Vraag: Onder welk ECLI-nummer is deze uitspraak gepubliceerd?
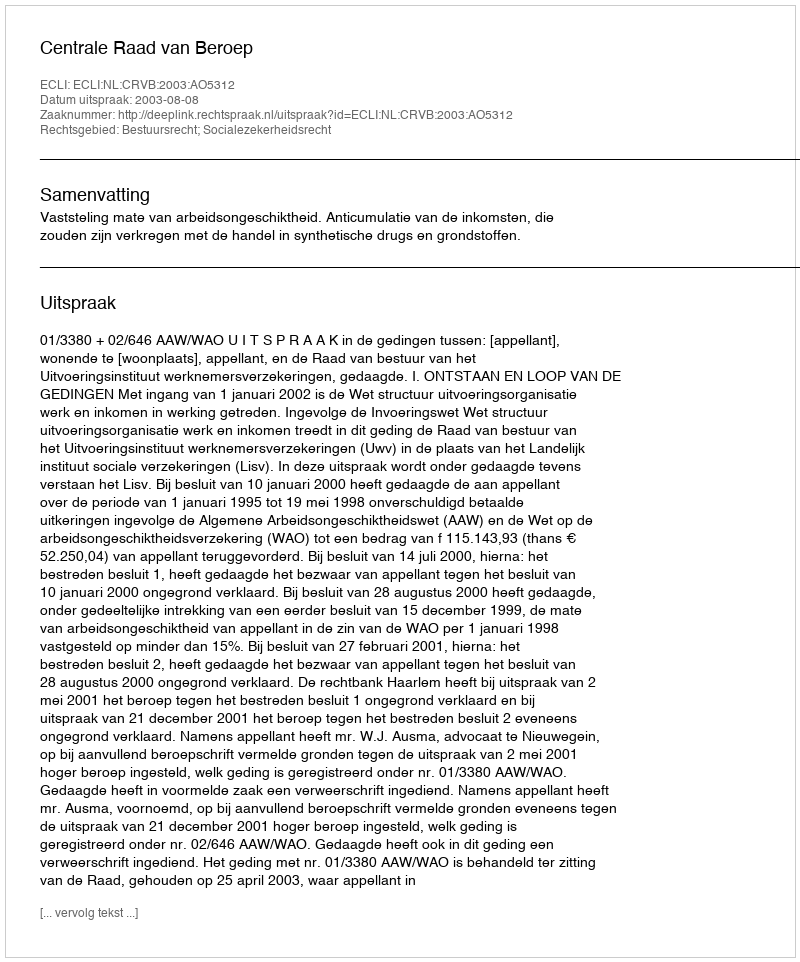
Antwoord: ECLI:NL:CRVB:2003:AO5312